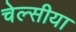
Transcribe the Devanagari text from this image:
चेल्सीया